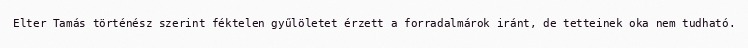
Elter Tamás történész szerint féktelen gyűlöletet érzett a forradalmárok iránt, de tetteinek oka nem tudható.